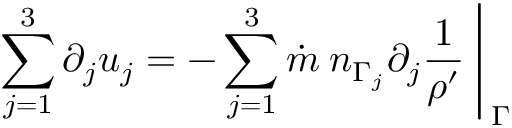
\sum _ { j = 1 } ^ { 3 } \partial _ { j } u _ { j } = - \sum _ { j = 1 } ^ { 3 } \dot { m } \: n _ { \Gamma _ { j } } \partial _ { j } \frac { 1 } { \rho ^ { \prime } } \: \Biggr \vert _ { \: \Gamma }